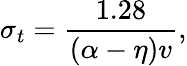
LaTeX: \sigma_{t}=\frac{1.28}{(\alpha-\eta)v},